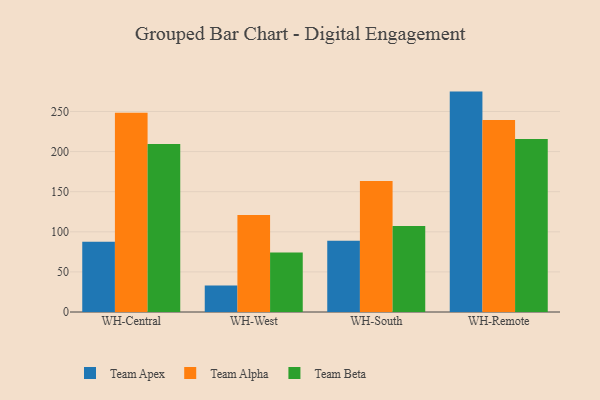
{"axis": {"x": "Warehouse", "y": "Satisfaction Score"}, "legend": ["Team Alpha", "Team Apex", "Team Beta"], "data": [{"x": "WH-Central", "y": 87.6, "type": "Team Apex"}, {"x": "WH-Central", "y": 248.4, "type": "Team Alpha"}, {"x": "WH-Central", "y": 209.5, "type": "Team Beta"}, {"x": "WH-West", "y": 33.0, "type": "Team Apex"}, {"x": "WH-West", "y": 121.0, "type": "Team Alpha"}, {"x": "WH-West", "y": 74.3, "type": "Team Beta"}, {"x": "WH-South", "y": 88.8, "type": "Team Apex"}, {"x": "WH-South", "y": 163.4, "type": "Team Alpha"}, {"x": "WH-South", "y": 107.3, "type": "Team Beta"}, {"x": "WH-Remote", "y": 274.8, "type": "Team Apex"}, {"x": "WH-Remote", "y": 239.3, "type": "Team Alpha"}, {"x": "WH-Remote", "y": 215.7, "type": "Team Beta"}]}